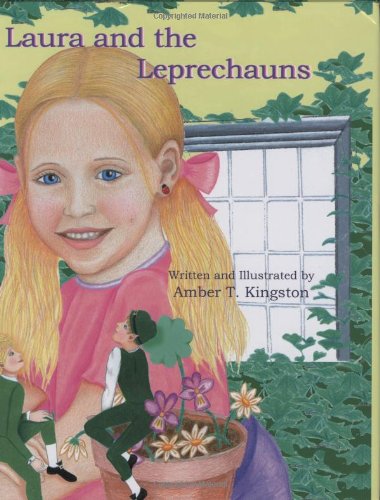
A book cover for Laura and the Leprechauns; Amber T. Kingston; Children's Books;